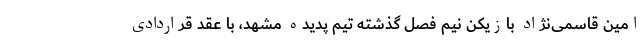
امین قاسمی‌نژاد بازیکن نیم فصل گذشته تیم پدیده مشهد، با عقد قراردادی